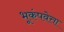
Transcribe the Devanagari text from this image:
भूकंपवेत्ता